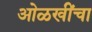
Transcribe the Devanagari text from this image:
ओळखींचा